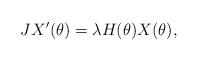
LaTeX: \begin{align*} J X'(\theta) = \lambda H(\theta) X(\theta),\end{align*}